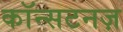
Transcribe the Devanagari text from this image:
कॉन्सटनज़